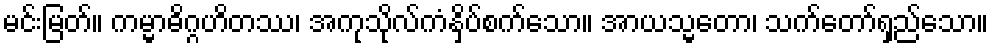
မင်းမြတ်။ ကမ္မာဓိဂ္ဂဟိတဿ၊ အကုသိုလ်ကံနှိပ်စက်သော။ အာယသ္မတော၊ သက်တော်ရှည်သော။